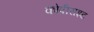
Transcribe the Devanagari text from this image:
कोपीराइट